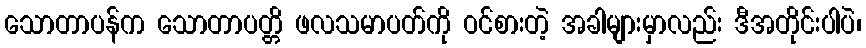
သောတာပန်က သောတာပတ္တိ ဖလသမာပတ်ကို ဝင်စားတဲ့ အခါများမှာလည်း ဒီအတိုင်းပါပဲ၊